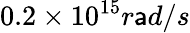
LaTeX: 0.2\times10^{15}r\mathsf{a}d/s